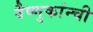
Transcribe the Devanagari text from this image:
वैष्णुकांन्ची